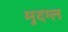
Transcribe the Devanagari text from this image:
मुदग्ल